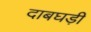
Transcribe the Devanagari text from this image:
दाबघड़ी